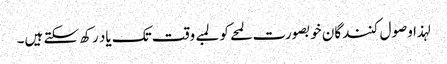
لہذا وصول کنندگان خوبصورت لمحے کو لمبے وقت تک یاد رکھ سکتے ہیں۔